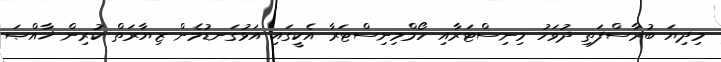
މިދިޔަ ބުރާސްފަތި ދުވަހު މިނިސްޓަރާއި ހޯމްމިނިސްޓަރާ އެކީގައި އަޅުގަނޑުމެން ޒިޔާރަތް ކުރިން ޚާއްޞަ